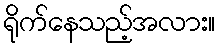
ရိုက်နေသည့်အလား။